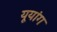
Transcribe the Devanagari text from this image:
यूयांग